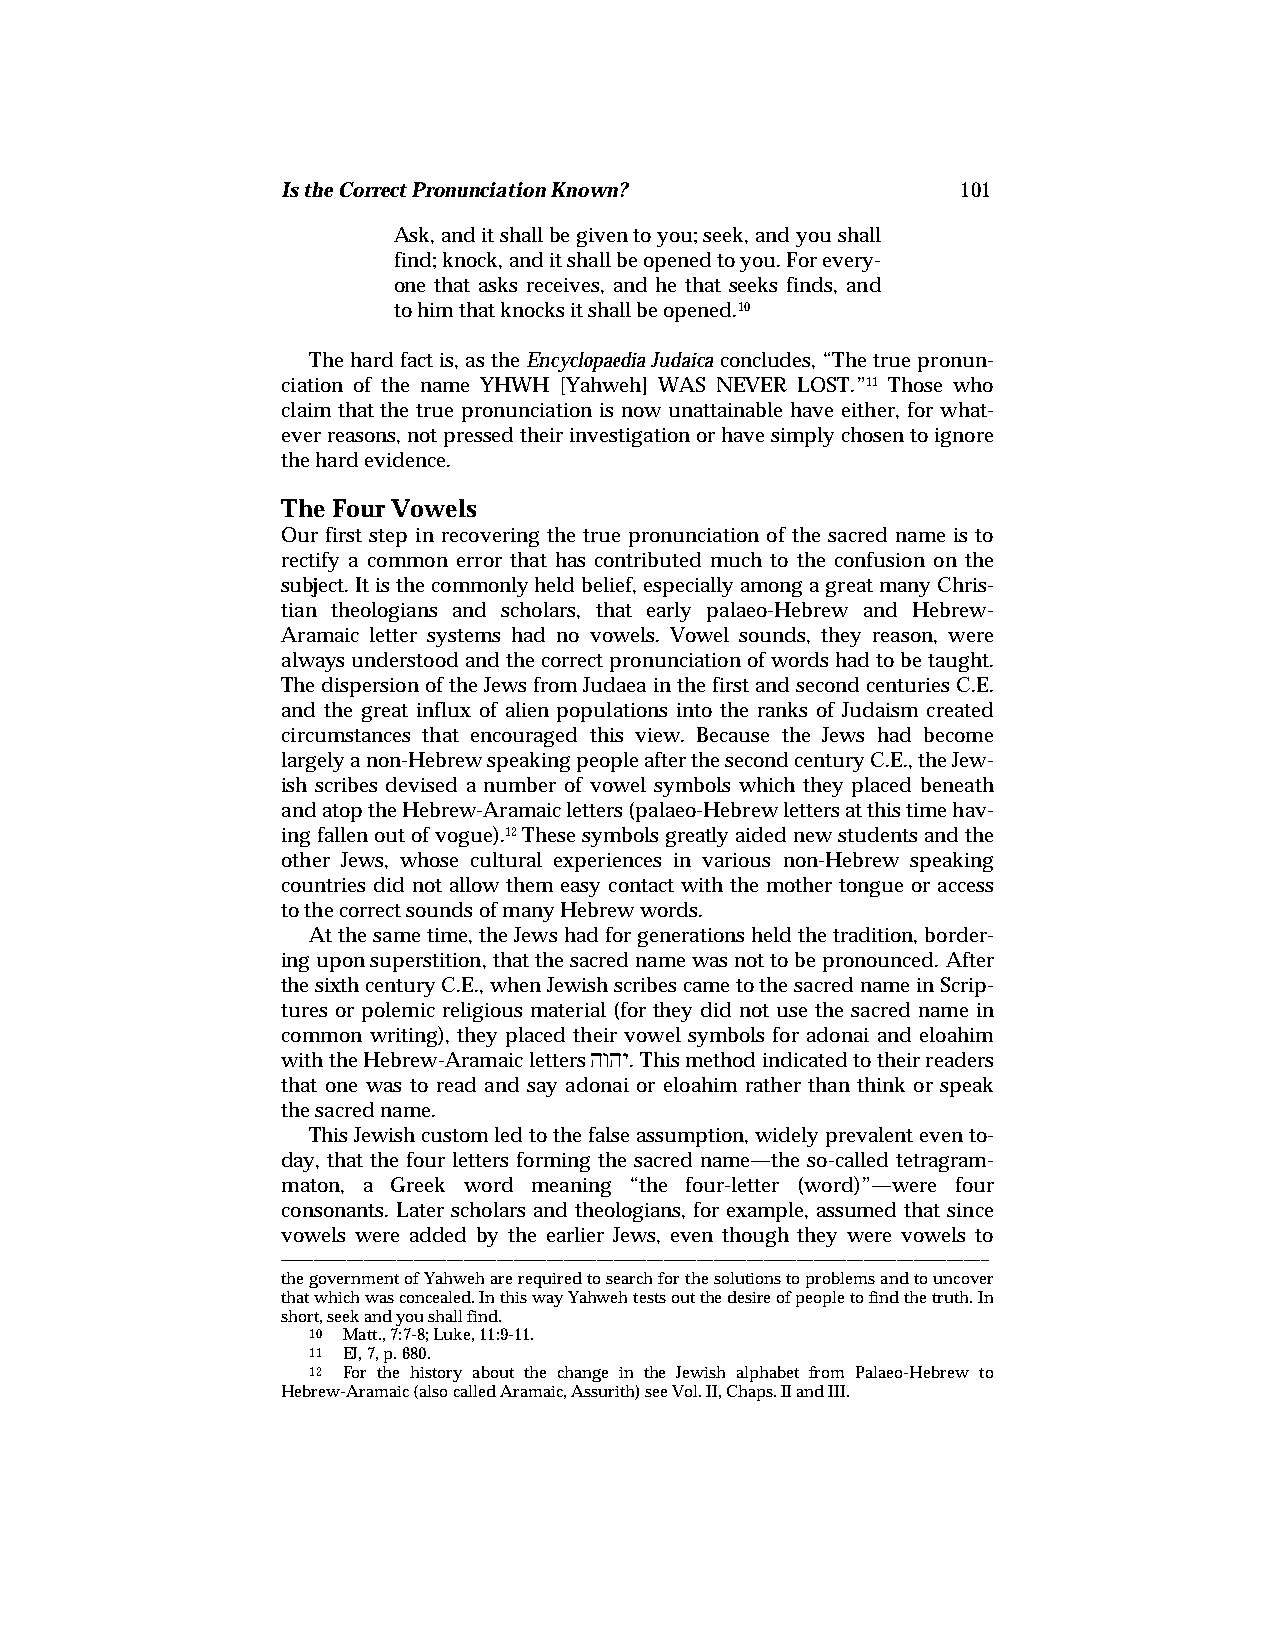
Is the Correct Pronunciation Known?          101
 Ask, and it shall be given to you; seek, and you shall
 find; knock, and it shall be opened to you. For every-
 one that asks receives, and he that seeks finds, and
 to him that knocks it shall be opened.10
 The hard fact is, as the Encyclopaedia Judaica concludes, “The true pronun-
 ciation of the name YHWH [Yahweh] WAS NEVER LOST.”11 Those who
 claim that the true pronunciation is now unattainable have either, for what-
 ever reasons, not pressed their investigation or have simply chosen to ignore
 the hard evidence.
 The Four Vowels
 Our first step in recovering the true pronunciation of the sacred name is to
 rectify a common error that has contributed much to the confusion on the
 subject. It is the commonly held belief, especially among a great many Chris-
 tian theologians and scholars, that early palaeo-Hebrew and Hebrew-
 Aramaic letter systems had no vowels. Vowel sounds, they reason, were
 always understood and the correct pronunciation of words had to be taught.
 The dispersion of the Jews from Judaea in the first and second centuries C.E.
 and the great influx of alien populations into the ranks of Judaism created
 circumstances that encouraged this view. Because the Jews had become
 largely a non-Hebrew speaking people after the second century C.E., the Jew-
 ish scribes devised a number of vowel symbols which they placed beneath
 and atop the Hebrew-Aramaic letters (palaeo-Hebrew letters at this time hav-
 ing fallen out of vogue).12 These symbols greatly aided new students and the
 other Jews, whose cultural experiences in various non-Hebrew speaking
 countries did not allow them easy contact with the mother tongue or access
 to the correct sounds of many Hebrew words.
 At the same time, the Jews had for generations held the tradition, border-
 ing upon superstition, that the sacred name was not to be pronounced. After
 the sixth century C.E., when Jewish scribes came to the sacred name in Scrip-
 tures or polemic religious material (for they did not use the sacred name in
 common writing), they placed their vowel symbols for adonai and eloahim
 hwhy
 with the Hebrew-Aramaic letters . This method indicated to their readers
 that one was to read and say adonai or eloahim rather than think or speak
 the sacred name.
 This Jewish custom led to the false assumption, widely prevalent even to-
 day, that the four letters forming the sacred name—the so-called tetragram-
 maton, a Greek word meaning “the four-letter (word)”—were four
 consonants. Later scholars and theologians, for example, assumed that since
 vowels were added by the earlier Jews, even though they were vowels to
 ——————————————————————————————————————————–
 the government of Yahweh are required to search for the solutions to problems and to uncover
 that which was concealed. In this way Yahweh tests out the desire of people to find the truth. In
 short, seek and you shall find.
 10 Matt., 7:7-8; Luke, 11:9-11.
 11 EJ, 7, p. 680.
 12 For the history about the change in the Jewish alphabet from Palaeo-Hebrew to
 Hebrew-Aramaic (also called Aramaic, Assurith) see Vol. II, Chaps. II and III.